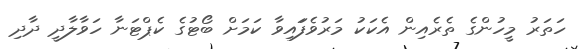
ހަތަރު މީހުންގެ ތެރެއިން އެކަކު މަރުވެފަައިވާ ކަމަށް ބޯޓުގެ ކެޕްޓަނާ ހަވާލާދީ ދާދި